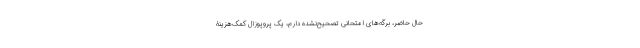
حال ‌حاضر، برگه‌های امتحانی تصحیح‌نشده دارم، یک پروپوزال کمک‌هزینۀ